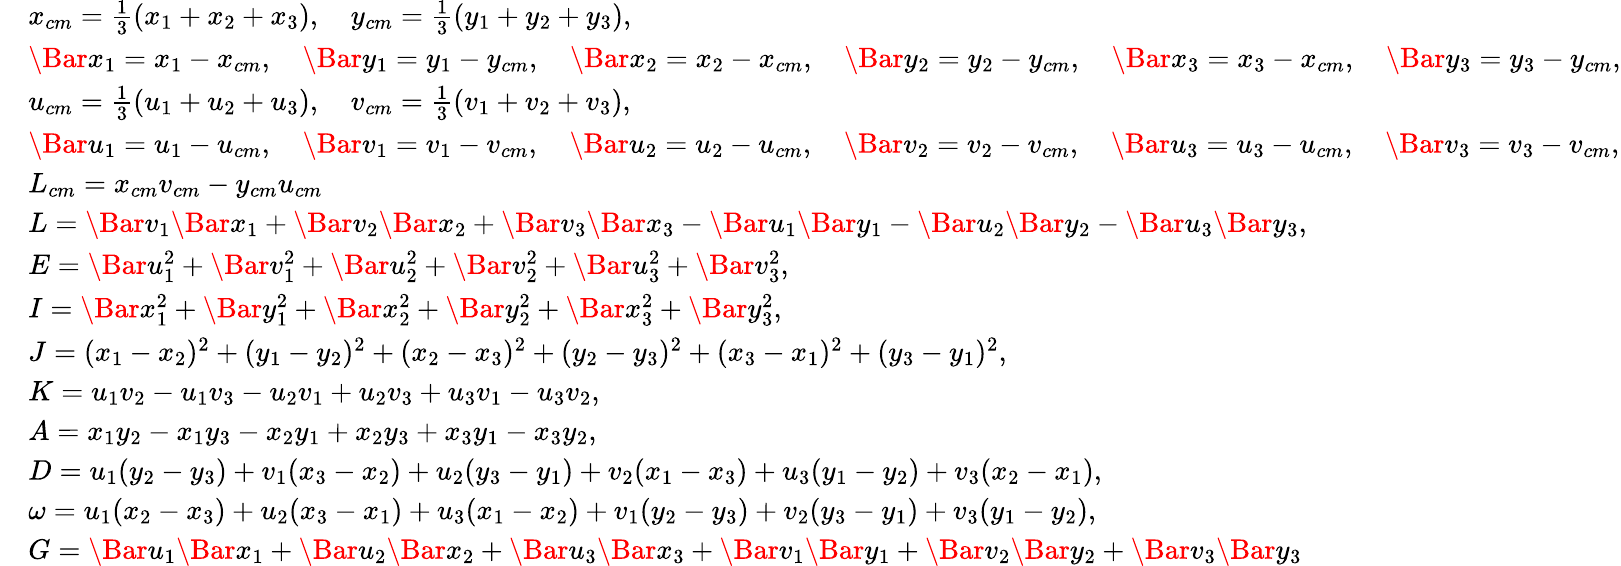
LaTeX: \begin{array}{rl}&{x_{cm}=\frac{1}{3}(x_{1}+x_{2}+x_{3}),\quad y_{cm}=\frac{1}{3}(y_{1}+y_{2}+y_{3}),}\\ &{\Bar{x}_{1}=x_{1}-x_{cm},\quad\Bar{y}_{1}=y_{1}-y_{cm},\quad\Bar{x}_{2}=x_{2}-x_{cm},\quad\Bar{y}_{2}=y_{2}-y_{cm},\quad\Bar{x}_{3}=x_{3}-x_{cm},\quad\Bar{y}_{3}=y_{3}-y_{cm},}\\ &{u_{cm}=\frac{1}{3}(u_{1}+u_{2}+u_{3}),\quad v_{cm}=\frac{1}{3}(v_{1}+v_{2}+v_{3}),}\\ &{\Bar{u}_{1}=u_{1}-u_{cm},\quad\Bar{v}_{1}=v_{1}-v_{cm},\quad\Bar{u}_{2}=u_{2}-u_{cm},\quad\Bar{v}_{2}=v_{2}-v_{cm},\quad\Bar{u}_{3}=u_{3}-u_{cm},\quad\Bar{v}_{3}=v_{3}-v_{cm},}\\ &{L_{cm}=x_{cm}v_{cm}-y_{cm}u_{cm}}\\ &{L=\Bar{v}_{1}\Bar{x}_{1}+\Bar{v}_{2}\Bar{x}_{2}+\Bar{v}_{3}\Bar{x}_{3}-\Bar{u}_{1}\Bar{y}_{1}-\Bar{u}_{2}\Bar{y}_{2}-\Bar{u}_{3}\Bar{y}_{3},}\\ &{E=\Bar{u}_{1}^{2}+\Bar{v}_{1}^{2}+\Bar{u}_{2}^{2}+\Bar{v}_{2}^{2}+\Bar{u}_{3}^{2}+\Bar{v}_{3}^{2},}\\ &{I=\Bar{x}_{1}^{2}+\Bar{y}_{1}^{2}+\Bar{x}_{2}^{2}+\Bar{y}_{2}^{2}+\Bar{x}_{3}^{2}+\Bar{y}_{3}^{2},}\\ &{J=(x_{1}-x_{2})^{2}+(y_{1}-y_{2})^{2}+(x_{2}-x_{3})^{2}+(y_{2}-y_{3})^{2}+(x_{3}-x_{1})^{2}+(y_{3}-y_{1})^{2},}\\ &{K=u_{1}v_{2}-u_{1}v_{3}-u_{2}v_{1}+u_{2}v_{3}+u_{3}v_{1}-u_{3}v_{2},}\\ &{A=x_{1}y_{2}-x_{1}y_{3}-x_{2}y_{1}+x_{2}y_{3}+x_{3}y_{1}-x_{3}y_{2},}\\ &{D=u_{1}(y_{2}-y_{3})+v_{1}(x_{3}-x_{2})+u_{2}(y_{3}-y_{1})+v_{2}(x_{1}-x_{3})+u_{3}(y_{1}-y_{2})+v_{3}(x_{2}-x_{1}),}\\ &{\omega=u_{1}(x_{2}-x_{3})+u_{2}(x_{3}-x_{1})+u_{3}(x_{1}-x_{2})+v_{1}(y_{2}-y_{3})+v_{2}(y_{3}-y_{1})+v_{3}(y_{1}-y_{2}),}\\ &{G=\Bar{u}_{1}\Bar{x}_{1}+\Bar{u}_{2}\Bar{x}_{2}+\Bar{u}_{3}\Bar{x}_{3}+\Bar{v}_{1}\Bar{y}_{1}+\Bar{v}_{2}\Bar{y}_{2}+\Bar{v}_{3}\Bar{y}_{3}}\end{array}